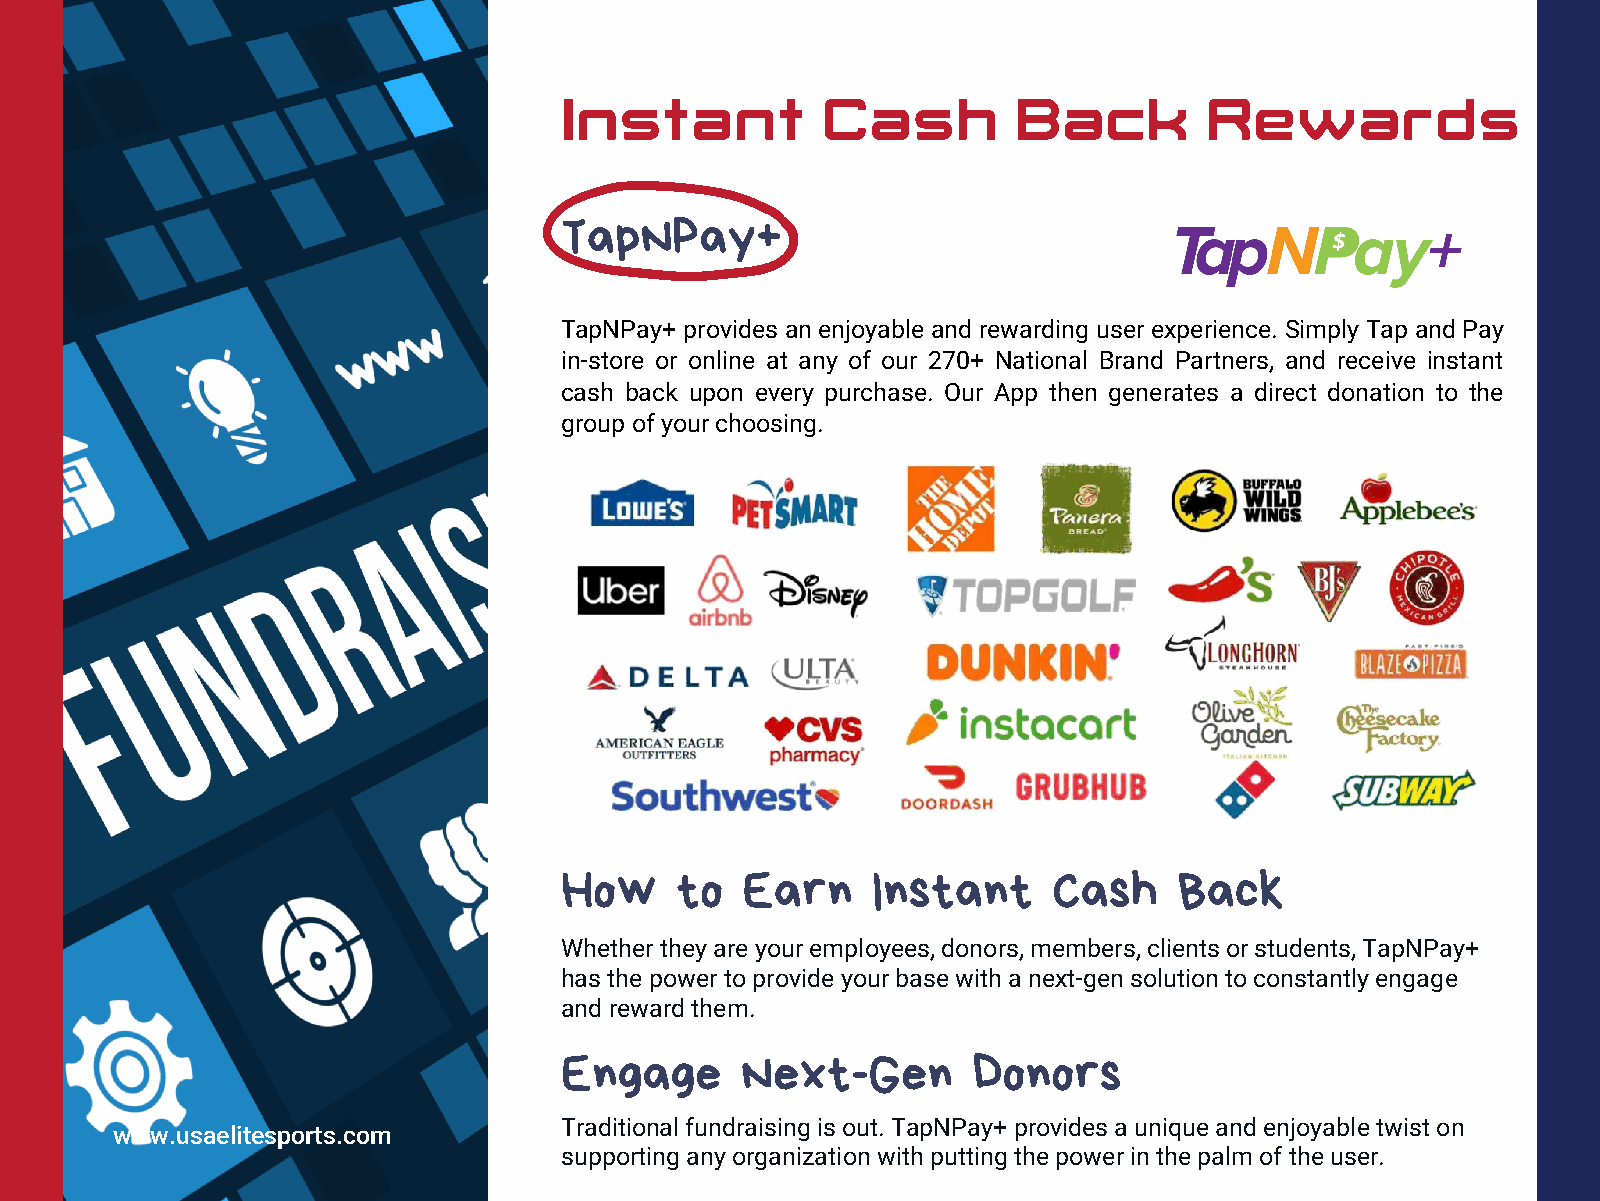
Instant          Cash         Back         Rewards
 TapNPay+
 TapNPay+ provides an enjoyable and rewarding user experience. Simply Tap and Pay
 in-store or online at any of our 270+ National Brand Partners, and receive instant
 cash back upon every purchase. Our App then generates a direct donation to the
 group of your choosing.
 How     to  Earn     Instant     Cash    Back
 Whether they are your employees, donors, members, clients or students, TapNPay+
 has the power to provide your base with a next-gen solution to constantly engage
 and reward them.
 Engage      Next-Gen       Donors
 Traditional fundraising is out. TapNPay+ provides a unique and enjoyable twist on
 www.usaelitesports.com
 supporting any organization with putting the power in the palm of the user.